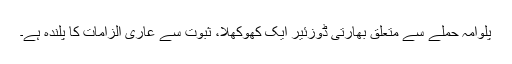
پلوامہ حملے سے متعلق بھارتی ڈوزئیر ایک کھوکھلا، ثبوت سے عاری الزامات کا پلندہ ہے۔